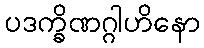
ပဒက္ခိဏဂ္ဂါဟိနော